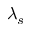
\lambda _ { s }